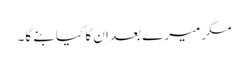
مگر میرے بعد ان کا کیا بنے گا۔